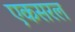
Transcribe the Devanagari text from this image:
एकसरल